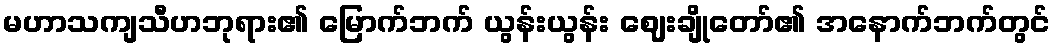
မဟာသကျသီဟဘုရား၏ မြောက်ဘက် ယွန်းယွန်း ဈေးချိုတော်၏ အနောက်ဘက်တွင်